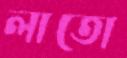
লাতো